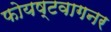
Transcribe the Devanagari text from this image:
फोयष्टवागनर